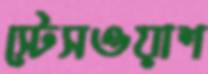
স্টেসওয়াশ